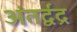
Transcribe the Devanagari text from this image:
अंतर्द्वंद्र